Annual statistical returns and brief notes on vaccination in Bengal - 1887-1898
Year: 1887
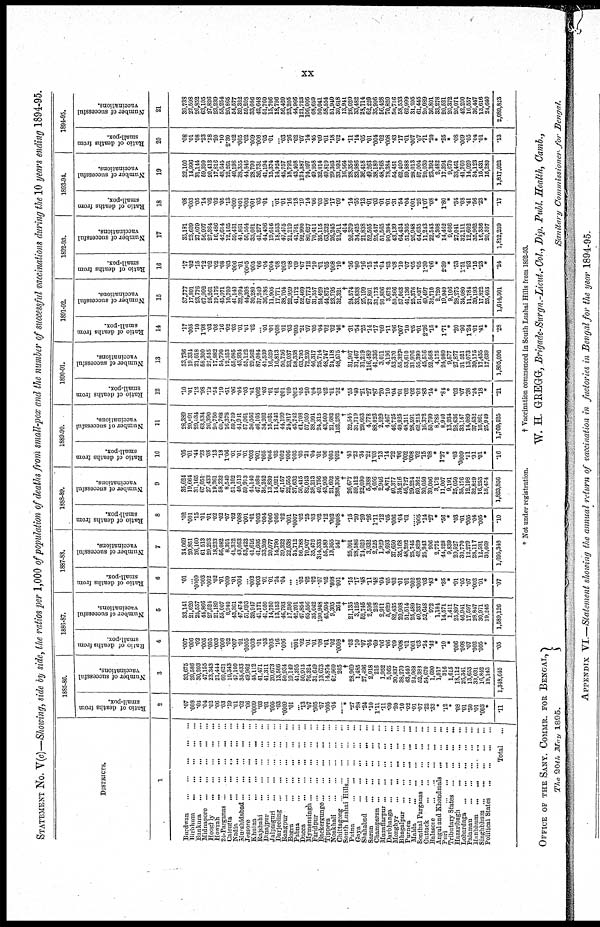
xx
STATEMENT No. V(c)—Showing, side by side, the ratios per 1,000 of population of deaths from small-pox and the number of successful vaccinations during the 10 years ending 1894-95.
DISTRICTS.
1
Burdwan
...
...
...
...
...
Birbhum
...
...
...
...
...
Bankura
...
...
...
...
...
Midnapore
...
...
...
...
...
Hooghly
...
...
...
...
...
Howrah
...
...
...
...
...
24-Parganas
...
...
...
...
...
Calcutta
...
...
...
...
...
Nadia
...
...
...
...
...
Murshidabad
...
...
...
...
...
Jessore ... ... ... ... ...
Khulna ... ... ... ... ...
Rajshahi
...
...
...
...
...
Dinajpur
...
...
...
...
...
Jalpaiguri
...
...
...
...
...
Darjeeling ... ... ... ... ...
Rangpur
...
...
...
...
...
Bogra
...
...
...
...
...
Pabna
...
...
...
...
...
Dacca
...
...
...
...
...
Mymensingh
...
...
...
...
...
Faridpur
...
...
...
...
...
Backergunge
...
...
...
...
...
Tippera
...
...
...
...
...
Noakhali
...
...
...
...
...
Chittagong
...
...
...
...
...
South Lushai Hills ... ... ... ... ...
Patna
...
...
...
...
...
Gaya
...
...
...
...
...
Shahabad
...
...
...
...
...
Saran
...
...
...
...
...
Champaran ... ... ... ... ...
Muzaffarpur
...
...
...
...
...
Darbhanga
...
...
...
...
...
Monghyr
...
...
...
...
...
Bhagalpur
...
...
...
...
...
Purnea
...
...
...
...
...
Malda
...
...
...
...
...
Sonthal Pargnnas ... ... ... ... ...
Cuttack
...
...
...
...
...
Balasore
...
...
...
...
...
Angul and Khondraals
...
...
...
Puri
...
...
...
...
...
Tributary States ... ... ... ... ...
Hazaribagh
...
...
...
...
...
Lohardaga
...
...
...
...
...
Palamau
...
...
...
...
...
Manbhum
...
...
...
...
...
Singhbhum ... ... ... ... ...
Political States ... ... ... ... ...
Total ...
1885-86.
Ratio of deaths from
small-pox.
2
.07
.008
.03
.04
.02
.06
.03
.19
.01
.02
.06
.0009
.03
.01
.005
.03
.0009
.01
... 13
.07
.005
.07
.005
.04
... *
.27
.28
.24
.10
1.11
.11
.09
.20
.10
.02
.01
.07
.22
.33
*
.12
*
.08
.01
.50
.01
.003
*
.11
Number of successful
vaccinations.
3
33,675
20,588
30,203
47,155
23,343
21,444
60,621
10,343
47,100
35,633
49,962
45,112
41,471
41,311
20,673
13,506
50,934
19,149
41,395
50,913
76,324
31,649
13,673
14,874
62,960
205
†
28,969
1,485
27,496
2,918
216
1,952
5,065
30,837
38,270
43,440
24,968
52,383
54,670
1,690
1,017
316
1,615
18,112
26,341
13,653
33,031
16,842
19,143
1,348,645
1886-87.
Ratio of deaths from
small-pox.
4
.007
.006
.02
.005
.005
.003
.008
.02
.007
.01
.0005
.003
.01
.03
.003
.16
.006
... .001
.02
.01
.01
.08
.01
.02
.0008
*
.03
.10
.07
.04
.69
.06
.06
.09
.008
.01
.001
.03
.24
.43
*
.10
*
.006
.008
.07
.002
.005
*
.05
Number of successful
vaccinations.
5
33,141
21,620
25,557
44,866
27,524
21,189
55,007
8,940
43,361
47,474
51,093
39,947
41,171
41,050
14,750
13,153
46,793
17,590
42,201
47,854
65,556
35,042
190,948
45,504
9,305
264
†
21,135
3,125
52,745
2,506
208
2,911
5,629
82,435
29,908
51,514
25,489
40,337
52,648
972
1,184
14,571
1,411
25,897
46,941
17,597
28,847
30,971
19,245
1,589,126
1887-88.
Ratio of deaths from
small-pox.
6
.01
...
.0009
.003
.002
.02
.01
.009
.01
.004
...
.002
.003
.01
.01
.24
.04
...
... .02
.02
.02
.07
.02
.008
.001
*
.15
.17
.48
.11
.48
.04
.05
.03
.01
.01
.002
.003
.03
.43
*
.35
*
.01
.05
.07
.002
.01
*
.07
Number of successful
vaccinations.
7
34,069
20,851
26,160
61,513
29,293
18,233
56,082
8,391
41,312
43,053
53,423
41,616
41,605
33,209
20,077
14,790
39,322
22,538
31,712
56,788
70,907
35,476
314,333
55,589
13,955
547
†
25,001
28,586
24,620
3,032
2,225
1,929
4,693
37,650
35,168
48,292
25,745
42,829
25,943
906
2,775
44,328
9,839
29,527
30,770
12,279
28,117
12,581
30,669
1,695,348
1888-89.
Ratio of deaths from
small-pox.
8
.02
.001
.15
.01
.01
.02
.02
.07
.02
.008
.001
.01
.003
.004
.006
.006
.02
.001
.0007
.02
.25
.03
.02
.12
.002
.0008
*
.15
.20
.20
.26
1.11
.12
.05
.006
.04
.01
.005
.14
.27
*
.56
*
.03
.01
.005
.04
.005
*
.10
Number of successful
vaccinations.
9
35,624
19,664
31,165
67,051
27,433
19,261
58,232
8,549
51,102
40,513
59,913
44,140
47,080
36,242
13,830
14,921
47,157
22,555
37,632
50,415
82,043
38,213
49,756
43,905
21,602
288,306
†
26,677
59,112
22,090
6,388
4,056
2,946
4,871
40,377
34,216
46,727
29,224
60,362
30,050
39,006
3,172
11,007
9,191
25,050
35,176
12,198
32,829
16,253
18,474
1,823,856
1889-90.
Ratio of deaths from
small-pox.
10
.05
.01
.44
.23
.08
.13
.18
1.06
.01
.01
.01
.003
.001
.005
.005
.03
.002
.006
.003
.03
.21
.04
.01
.06
.003
.002
*
.43
.23
.34
.22
1.03
.13
.14
.22
.06
.002
.008
.02
.15
*08
*
1.27
*
.03
.0009
.11
.31
.01
*
.16
Number of successful
vaccinations.
11
28,389
20,69l
29,034
63,534
26,390
20,750
60,768
16,378
59,719
44,941
67,061
36,056
46,105
34,202
15,031
11,846
44,199
24,817
45,742
61,708
57,959
38,991
24,315
43,500
21,632
152,282
†
32,545
31,719
29,663
4,778
88,023
2,529
4,467
46,725
49,925
48,311
28,591
62,215
16,372
50,799
8,285
8,940
13,934
28,636
33,147
14,089
37,532
16,861
25,949
1,769,525
1890-91.
Ratio of deaths from
small-pox.
12
.10
.01
.12
.98
.12
.54
.19
.51
.06
.04
.03
.01
.002
.03
.01
.01
.001
.09
.002
.05
.20
.04
.03
.02
.01
.32
*
.55
.40
.21
.27
.87
.20
.10
.04
.01
.02
.02
.02
.83
.14
*
.84
*
.02
.07
.38
.24
.18
*
.21
Number of successful
vaccinations.
13
33,736
19,334
21,018
58,300
27,545
17,882
54,790
12,353
55,085
43,934
55,122
29,562
87,084
41,539
16,529
16,813
50,756
23,037
68,338
63,795
72,230
46,317
25,714
48,747
24,118
48,575
†
81,907
31,467
31,219
116,489
41,336
3,011
4,196
53,370
55,327
53,610
31,976
55,399
45,516
52,568
4,175
24,980
9,577
27,877
31,521
13,073
39,175
17,435
17,639
1,805,096
1891-92.
Ratio of deaths from
small-pox.
14
.17
.005
.10
1.98
.03
.08
.16
.02
.03
.01
.01
.02
... .01
.01
.008
.01
.03
.005
.21
.07
.05
.04
.02
.02
.46
*
.31
.54
.25
.14
.17
.09
.11
.06
.007
.10
.05
.01
2.36
.15
*
1.71
*
.20
.90
1.24
.01
.41
*
.28
Number of successful
vaccinations.
15
37,777
17,801
23,776
67,992
25,261
19,176
45,971
10,700
41,140
32,994
44,398
30,280
37,249
36,786
11,905
17,771
38,704
22,959
41,172
52,469
67,773
31,357
24,429
44,875
23,795
32,321
†
24,574
33,838
25,199
27,891
31,173
91,806
3,672
50,366
57,063
41,136
25,376
51,037
49,497
32,710
2,720
19,949
9,106
28,275
34,080
11,784
39,193
17,822
25,403
1,614,501
1892-93.
Ratio of deaths from
small-pox.
16
.17
.02
.15
.72
.02
.02
.08
.03
.006
.01
.0005
.005
.06
.04
.004
.08
.003
.08
.09
.67
.12
.10
.01
.05
.008
.10
*
.36
.80
.16
.15
.14
.01
.03
.08
.10
.07
.05
.05
1.30
.06
.
2.39
*
.58
1.51
.93
.15
.23
*
.24
Number of successful
vaccinations.
17
35,181
23,609
27,079
56,907
27,364
16,486
42,614
12,165
59,431
41,861
50,564
33,081
41,277
41,496
19,616
18,553
47,475
21,219
41,761
92,990
80,627
70,411
35,115
63,232
26,245
21,911
414
26,379
34,425
21,838
52,505
25,437
51,565
90,394
43,139
64,424
51,305
26,948
64,635
11,243
22,543
5,308
14,462
9,666
27,041
32,111
12,602
35,962
16,336
20,307
1,812,259
1893-91.
Ratio of deaths from
small-pox.
18
.08
.003
.05
.14
.02
.02
.05
.13
.009
.001
.003
.001
.03
.01
... .01
.01
.16
.18
.19
.14
.06
.03
.06
.17
.09
*
.14
.55
.13
.01
.03
.01
.01
.31
.54
.04
.001
.25
1.07
.08
*
1.80
*
.34
.08
.41
.56
.23
*
.17
Number of successful
vaccinations.
19
32,100
14,996
31,144
59,399
20,413
17,816
48,645
12,261
40,198
38,355
44,846
28,790
36,731
41,194
15,374
14,924
45,757
18,792
43,408
121,387
74,097
49,958
32,014
49,810
29,303
33,592
16,564
28,356
33,986
36,418
49,263
38,180
48,768
78,384
54,451
62,400
59,888
28,013
57,004
20,030
23,392
2,482
17,394
9,670
33,461
41,760
14,020
34,123
15,431
15,280
1,817,022
1894-95.
Ratio of deaths from
small-pox.
20
.08
.01
.08
.23
.18
.20
.10
2.30
.02
.005
.02
.009
.006
.05
.01
... .03
.26
.02
.07
.14
.45
.09
.01
.18
.02
*
.11
.14
.05
.01
.004
.02
.008
.43
.17
.01
.007
.07
.71
.20
*
.25
*
.08
.009
.05
.04
.01
*
.13
Number of successful
vaccinations.
21
39,738
22,598
26,852
63,105
27,826
23,239
55,254
20,865
54,577
39,322
59,208
33,086
42,648
51,760
15,706
18,796
56,420
23,205
44,966
121,723
106,006
68,659
50,041
58,554
51,940
30,618
13,941
26,020
33,482
28,714
62,220
35,906
56,428
70,820
50,716
58,533
62,999
31,295
61,445
20,089
36,801
33,278
20,521
20,372
26,071
42,200
16,557
36,447
13,616
24,640
2,089,823
* Not under registration.
† Vaccination commenced in South Lushai Hills from 1892-93.
OFFICE OF THE SANY. COMMR. FOR BENGAL,
The 20th May 1895.
W. H. GREGG, Brigade-Surgn.-Lieat.-Col., Dip. Publ. Health, Camb.,
Sanitary Commissionr for Bengal.